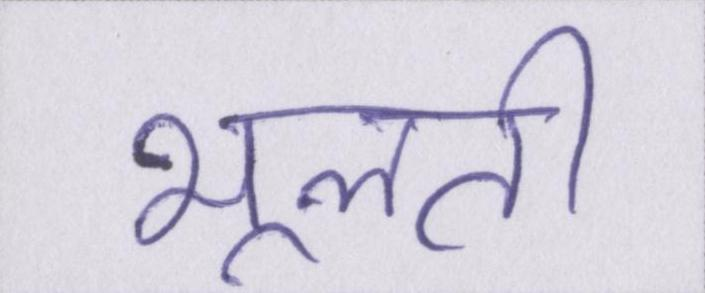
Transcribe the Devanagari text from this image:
भूलती